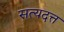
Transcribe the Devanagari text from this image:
सत्यदत्त